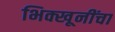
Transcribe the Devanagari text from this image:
भिक्खूनींचा